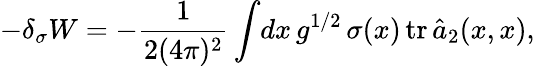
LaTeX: -\delta_{\sigma}W=-\frac 1{2(4\pi)^{2}}\int\! dx\, g^{1/2}\, \sigma(x)\, \mathrm{tr}\, \hat{a}_{2}(x,x),